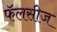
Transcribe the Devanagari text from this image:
फॅलसीज